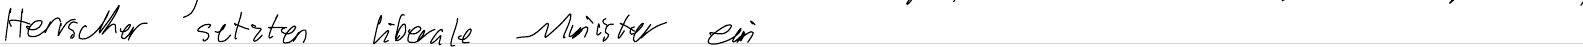
Herrscher setzten liberale Minister ein